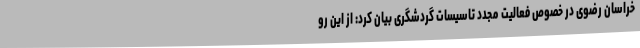
خراسان رضوی در خصوص فعالیت مجدد تاسیسات گردشگری بیان کرد: از این رو